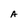
Character: A